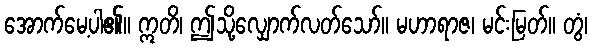
အောက်မေ့ပါ၏။ ဣတိ၊ ဤသို့လျှောက်လတ်သော်။ မဟာရာဇ၊ မင်းမြတ်။ တွံ၊